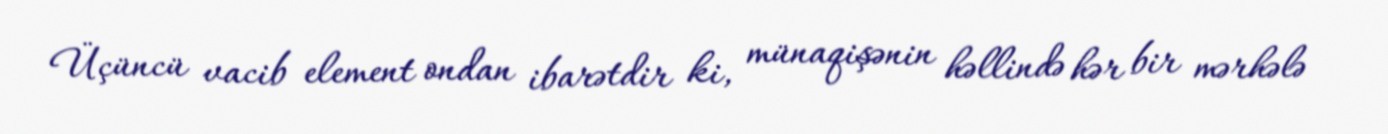
Üçüncü vacib element ondan ibarətdir ki, münaqişənin həllində hər bir mərhələ